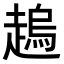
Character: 𧽋